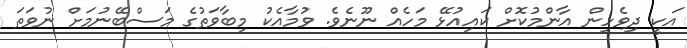
އަކީ ދިވެހިން އާންމުކޮށް ކައިއުޅޭ މަހެއް ނޫނެވެ. ވުމާއެކު މިބާވަތުގެ މަސްބޭނުމަށް ނުވަތަ